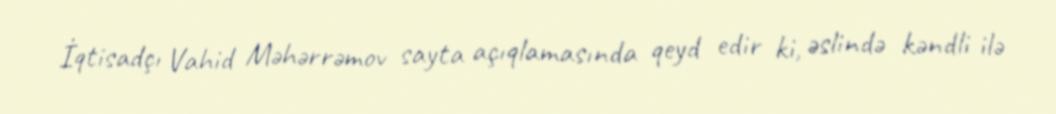
İqtisadçı Vahid Məhərrəmov sayta açıqlamasında qeyd edir ki, əslində kəndli ilə